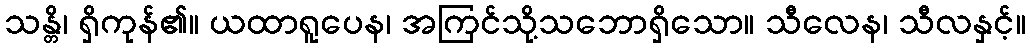
သန္တိ၊ ရှိကုန်၏။ ယထာရူပေန၊ အကြင်သို့သဘောရှိသော။ သီလေန၊ သီလနှင့်။